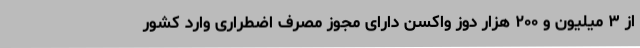
از ۳ میلیون و ۲۰۰ هزار دوز واکسن دارای مجوز مصرف اضطراری وارد کشور